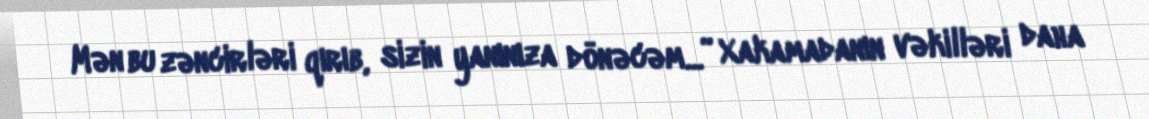
Mən bu zəncirləri qırıb, sizin yanınıza dönəcəm...” Xakamadanın vəkilləri daha